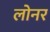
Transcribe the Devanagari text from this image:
लोनर